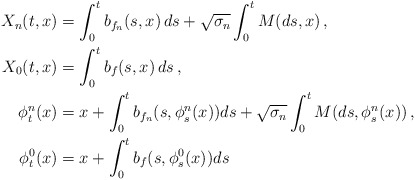
\begin{align*}X_{n}(t,x) & =\int_{0}^{t}b_{f_{n}}(s,x)\, ds+\sqrt{\sigma_{n}}\int_{0}^{t}M(ds,x)\,,\\X_{0}(t,x) & =\int_{0}^{t}b_{f}(s,x)\, ds\,, \\\phi_{t}^{n}(x) & =x+\int_{0}^{t}b_{f_{n}}(s,\phi_{s}^{n}(x))ds+\sqrt{\sigma_{n}}\int_{0}^{t}M(ds,\phi_{s}^{n}(x))\,,\\\phi_{t}^{0}(x) & =x+\int_{0}^{t}b_{f}(s,\phi_{s}^{0}(x))ds\, \end{align*}